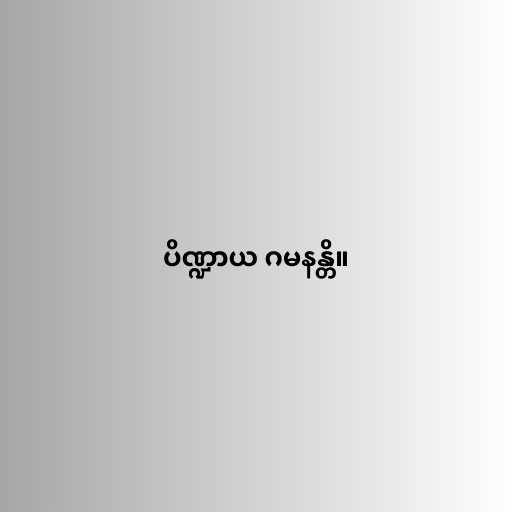
ပိဏ္ဍာယ ဂမနန္တိ။